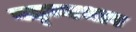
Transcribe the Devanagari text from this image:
वह्न्यभाव